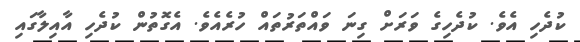
ކުދެހި އެވެ. ކުދެހިގެ ވަރަށް ގިނަ ވައްތަރުތައް ހުރެއެވެ. އެގޮތުން ކުދެހި އާއިލާގައި